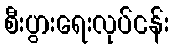
စီးပွားရေးလုပ်ငန်း